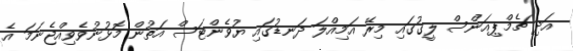
އަދި ޗެމްޕިއަންސް ލީގުގައި މިރޭ އަމިއްލަ ދަނޑުގައި ޔުވެންޓަސް އަތުން މޮޅުނުވެވިއްޖެނަމަ އެ